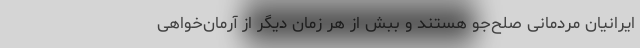
ایرانیان مردمانی صلح‌جو هستند و ببش از هر زمان دیگر از آرمان‌خواهی